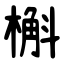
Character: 槲